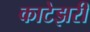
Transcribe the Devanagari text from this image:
काटेझरी